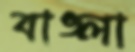
বাঙ্লা